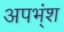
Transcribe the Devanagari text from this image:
अपभ्ंश